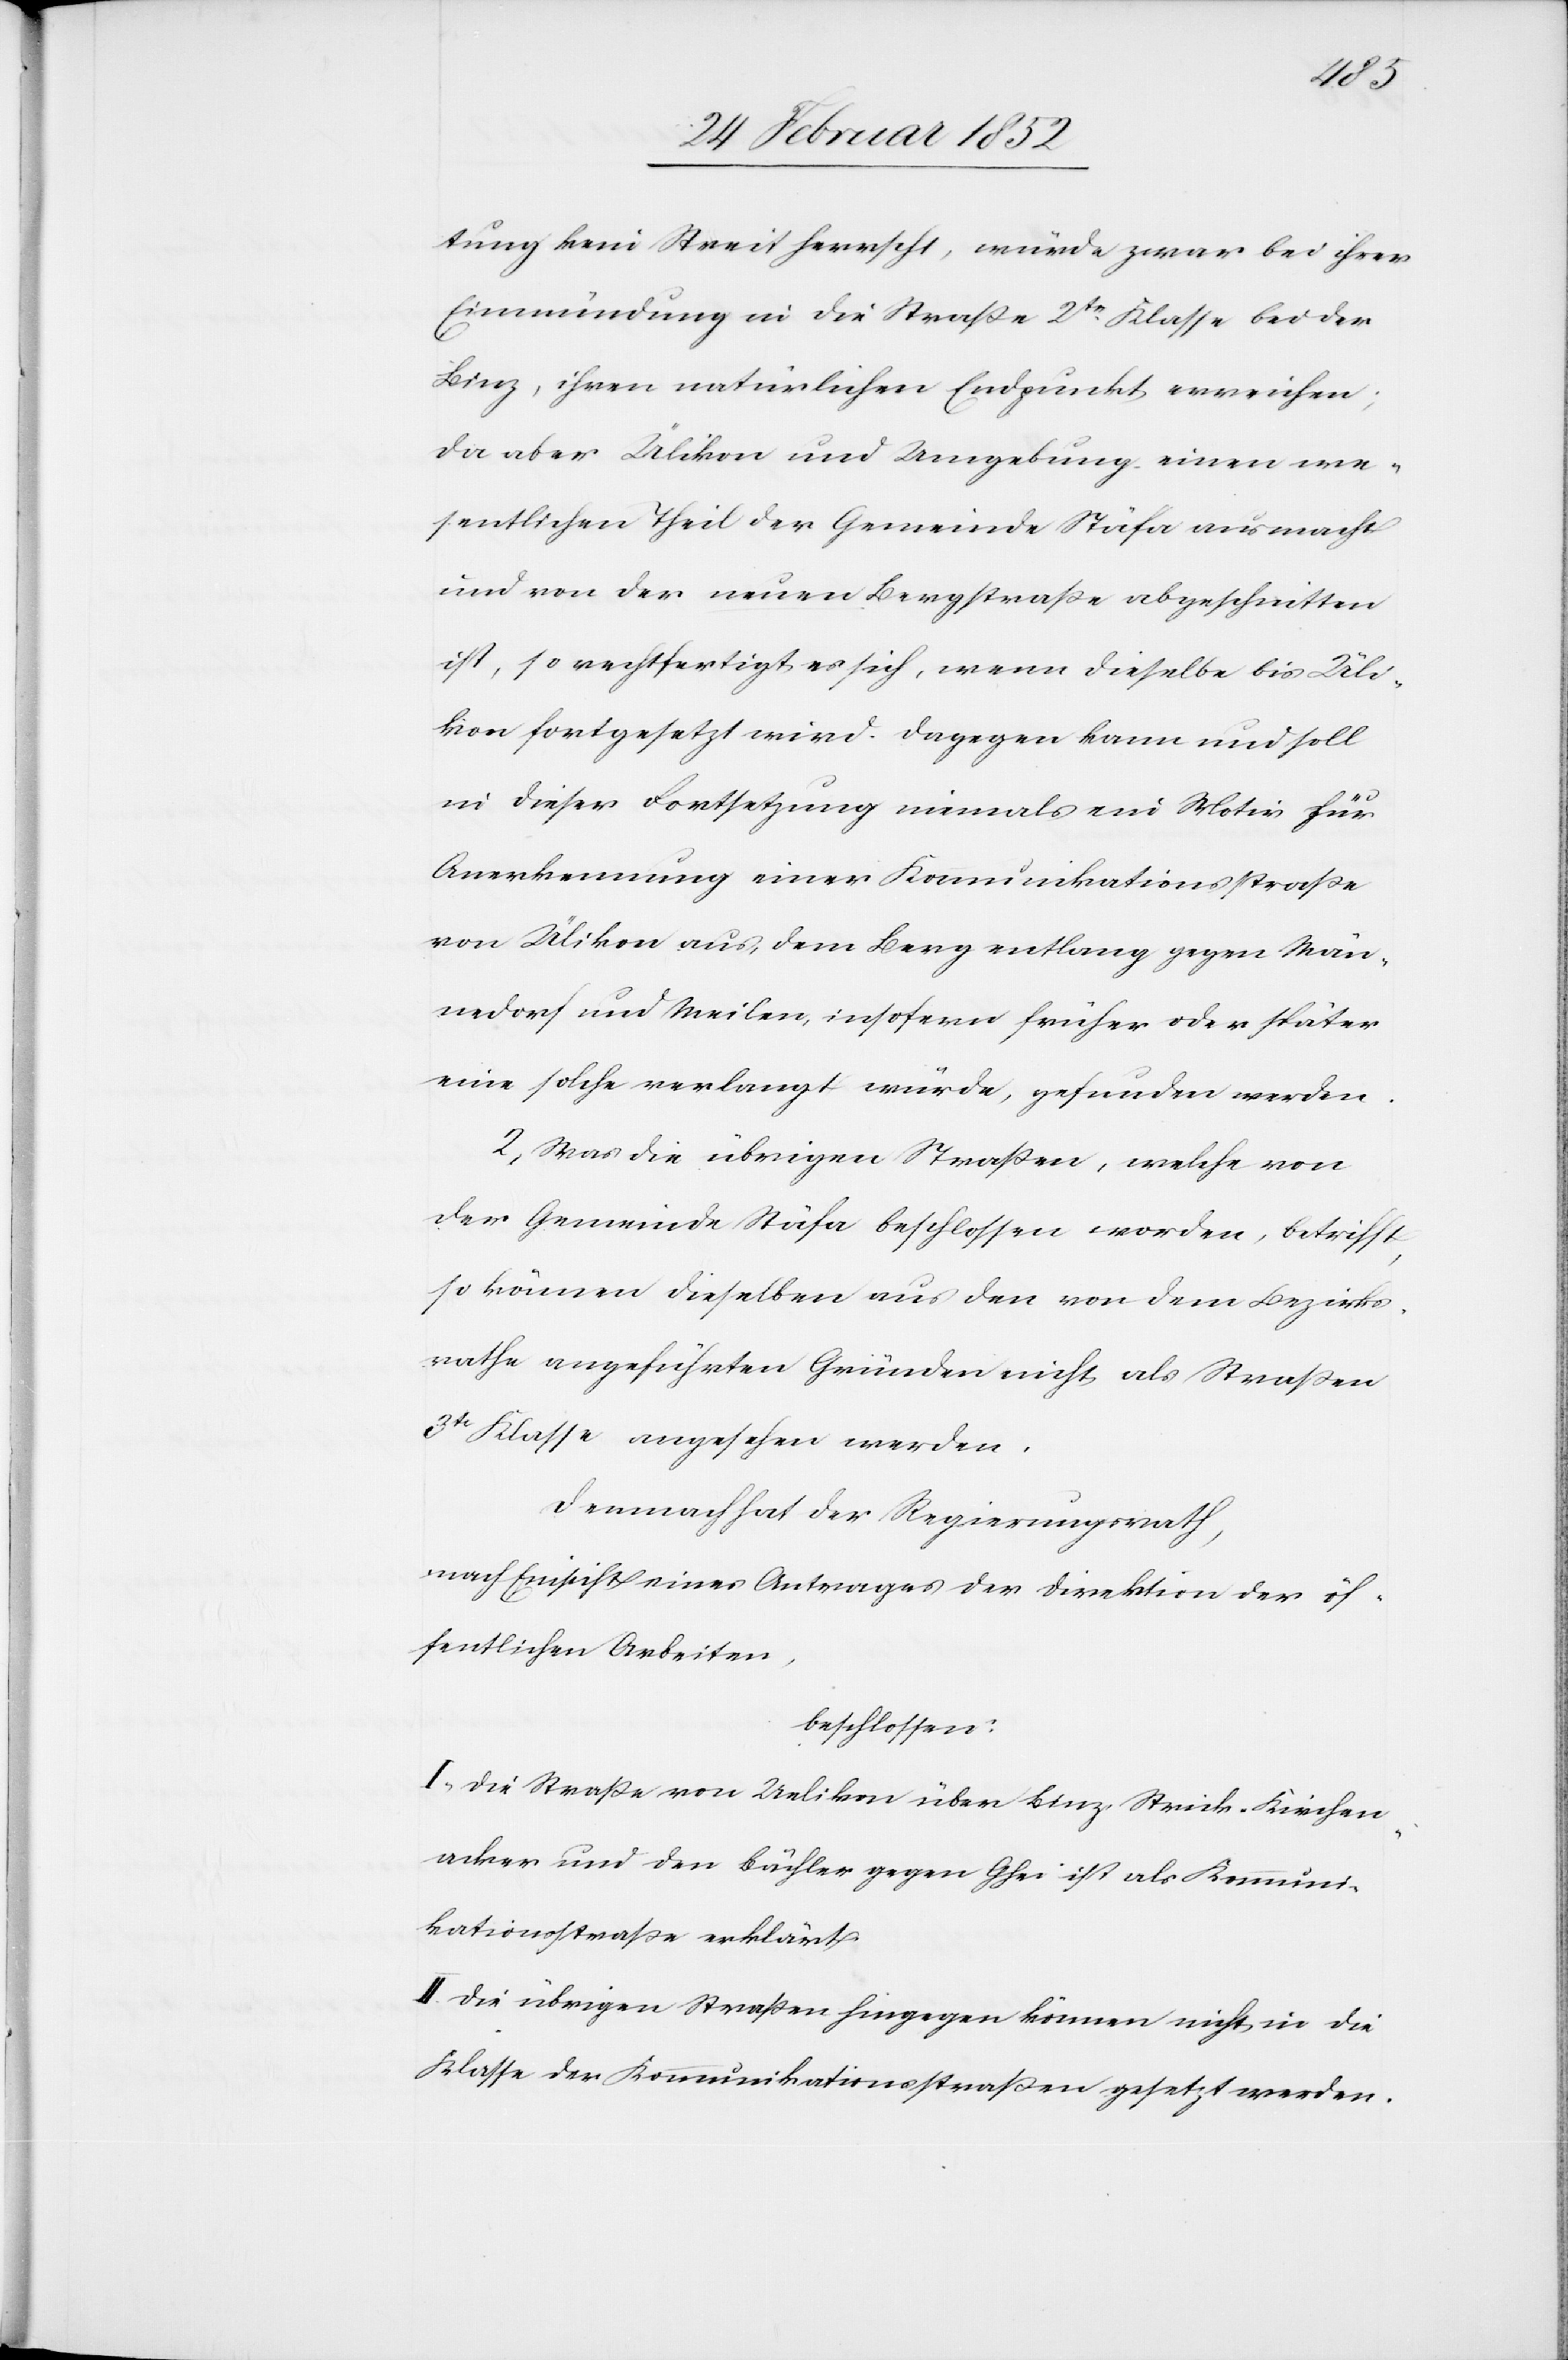
tung kein Streit herrscht, würde zwar bei ihrer
Einmündung in die Straße 2te Klasse bei der
Binz, ihren natürlichen Endpunkt erreichen;
da aber Ülikon und Umgebung einen we¬
sentlichen Theil der Gemeinde Stäfa ausmacht
und von der neuen Bergstraße abgeschnitten
ist, so rechtfertigt es sich, wenn dieselbe bis Üli¬
kon fortgesetzt wird. Dagegen kann und soll
in dieser Fortsetzung niemals ein Motiv für
Anerkennung einer Kommunikationsstraße
von Ülikon aus dem Berg entlang gegen Män¬
nedorf und Meilen, insofern früher oder später
eine solche verlangt würde, gefunden werden.
2) Was die übrigen Straßen, welche von
der Gemeinde Stäfa beschossen worden, betrifft,
so können dieselben aus den von dem Bezirks¬
rathe angeführten Gründen nicht als Straßen
3te Klasse angesehen werden.
Demnach hat der Regierungsrath,
nach Einsicht eines Antrages der Direktion der öf¬
fentlichen Arbeiten,
beschlossen:
I. Die Straße von Uelikon über Binz, Strick, Kirchen¬
acker und den Bächler gegen Ghei ist als Kommuni¬
kationsstraße erklärt.
II. Die übrigen Straßen hingegen können nicht in die
Klasse der Kommunikationsstraßen gesetzt werden.